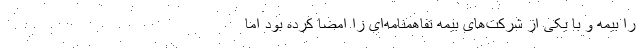
را بیمه و با یکی از شرکت‌های بیمه تفاهمنامه‌ای را امضا کرده بود اما